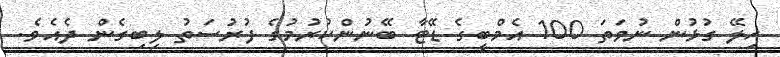
ހިލޭ ގުޅުން ނުވަތަ 100 އެމްބީގެ ޑޭޓާ ބޭނުންކުރުމުގެ ފުރުސަތު ލިބިގެން ދެއެވެ.